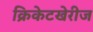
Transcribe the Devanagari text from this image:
क्रिकेटखेरीज